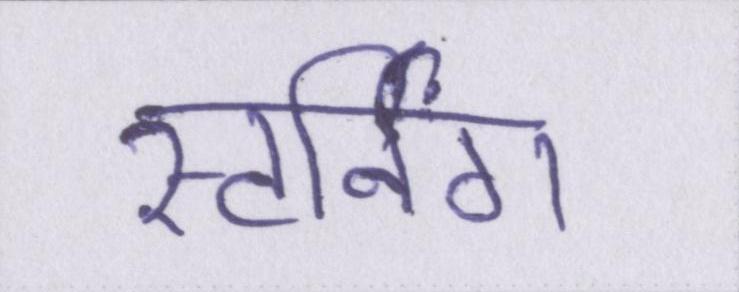
स्टर्निंग